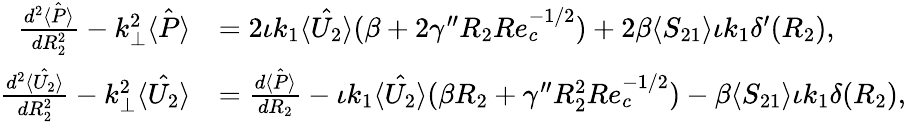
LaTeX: \begin{array}{rl}{\frac{d^{2}\hat{\langle P\rangle}}{dR_{2}^{2}}-k_{\perp}^{2}\hat{\langle P\rangle}}&{=2\iota k_{1}\hat{\langle U_{2}\rangle}(\beta+2\gamma^{\prime\prime}R_{2}Re_{c}^{-1/2})+2\beta\langle S_{21}\rangle\iota k_{1}\delta^{\prime}(R_{2}),}\\ {\frac{d^{2}\hat{\langle U_{2}\rangle}}{dR_{2}^{2}}-k_{\perp}^{2}\hat{\langle U_{2}\rangle}}&{=\frac{d\hat{\langle P\rangle}}{dR_{2}}-\iota k_{1}\hat{\langle U_{2}\rangle}(\beta R_{2}+\gamma^{\prime\prime}R_{2}^{2}Re_{c}^{-1/2})-\beta\langle S_{21}\rangle\iota k_{1}\delta(R_{2}),}\end{array}